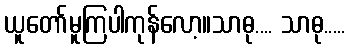
ယူတော်မူကြပါကုန်လော့။သာဓု.... သာဓု.....